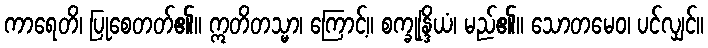
ကာရေတိ၊ ပြုစေတတ်၏။ ဣတိတသ္မာ၊ ကြောင့်။ စက္ခုန္ဒြိယံ၊ မည်၏။ သောတမေဝ၊ ပင်လျှင်။